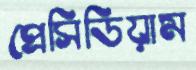
প্রেসিডিয়াম